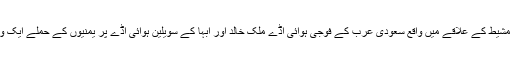
یقیناً خمیس مشیط کے علاقے میں واقع سعودی عرب کے فوجی ہوائی اڈے ملک خالد اور ابہا کے سویلین ہوائی اڈے پر یمنیوں کے حملے ایک وارننگ ہیں۔